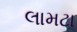
લામટા